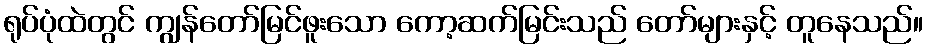
ရုပ်ပုံထဲတွင် ကျွန်တော်မြင်ဖူးသော ကော့ဆက်မြင်းသည် တော်များနှင့် တူနေသည်။